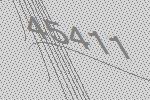
45411